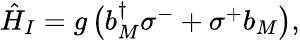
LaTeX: \begin{array}{r}{\hat{H}_{I}=g\, \big(b_{M}^{\dagger}\sigma^{-}+\sigma^{+}b_{M}\big),}\end{array}